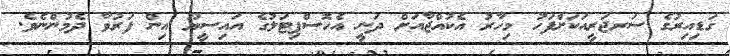
ގަޑިއިރުގެ ސަރޖަރީއަކަށްފަހު މިހާރު އެކުއްޖާއަށް ދަނީ އެހޮސްޕިޓަލުގެ އައިސީޔޫ އިން ފަރުވާ ދެމުންނެވެ.